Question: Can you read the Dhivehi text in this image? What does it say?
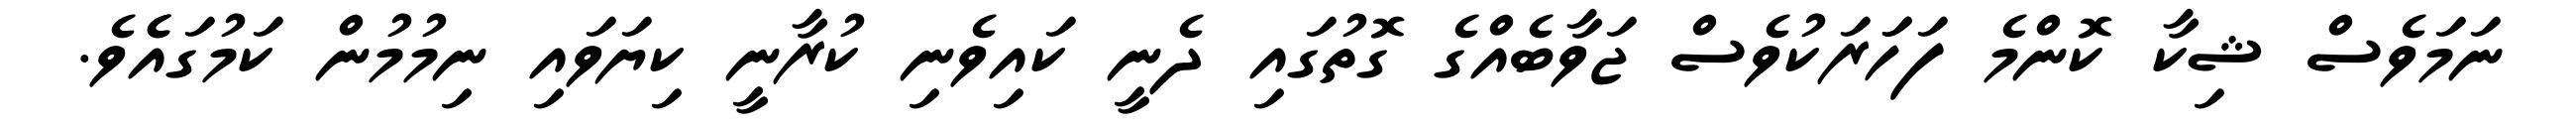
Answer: ނަމަވެސް ޝިކާ ކޮންމެ ފަހަަރަކުވެސް ޖަވާބެއްގެ ގޮތުގައި ދެނީ ކައިވެނި ކުރާނީ ކިޔަވައި ނިމުމުން ކަމުގައެެވެ.